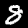
Digit: 8